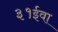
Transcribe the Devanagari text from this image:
३१ईवा